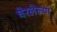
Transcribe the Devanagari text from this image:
घेरलेल्या